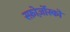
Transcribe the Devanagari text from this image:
स्फ़ोर्ज़ोस्को